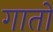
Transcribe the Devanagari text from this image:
गातों